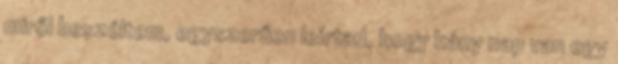
miről beszéltem, egyszerűen leírtad, hogy hány nap van egy